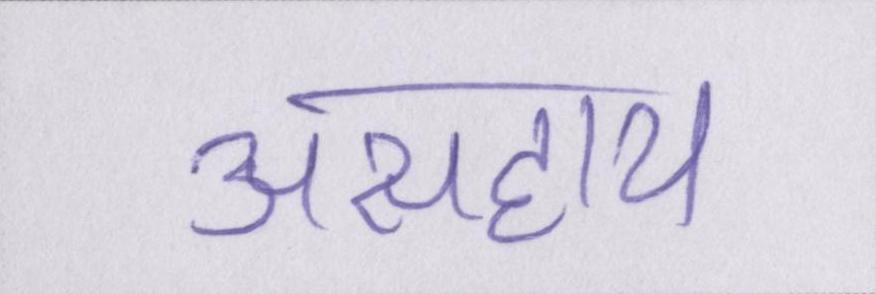
असहाय